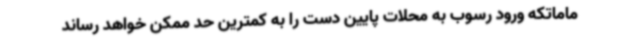
ماماتکه ورود رسوب به محلات پایین دست را به کمترین حد ممکن خواهد رساند